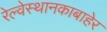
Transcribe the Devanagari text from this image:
रेल्वेस्थानकाबाहेर